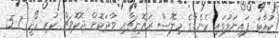
ކުއާޓަ ފައިނަލުގައި ކެނެޑާގެ މިލޮސް ރައޮނިޗާއި ވާދަކޮށް ޖޮކޮވިޗް ކުރި ހޯދީ 7-5